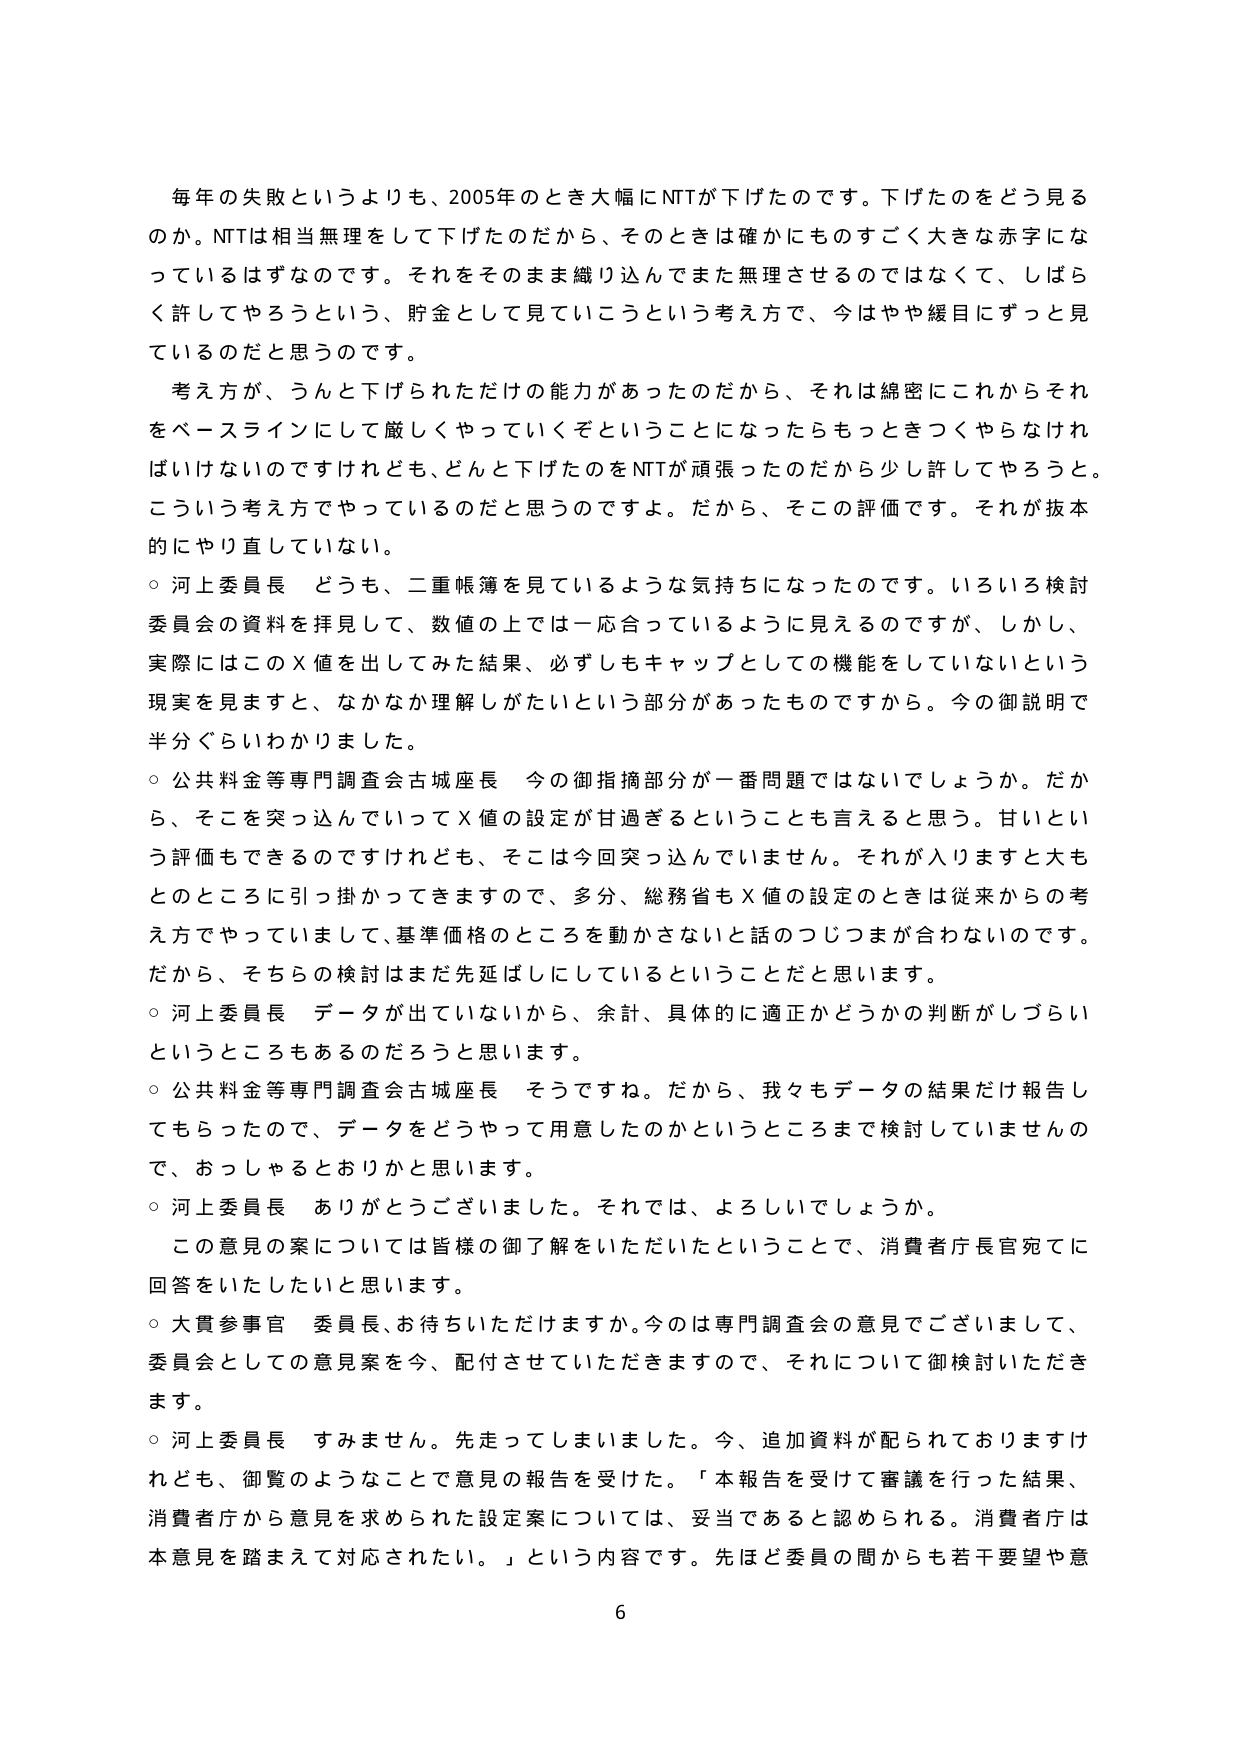
毎年の失敗というよりも、2005年のとき大幅にNTTが下げたのです。下げたのをどう見るのか。NTTは相当無理をして下げたのだから、そのときは確かにものすごく大きな赤字になっているはずなのです。それをそのまま織り込んでまた無理させるのではなくて、しばらく許してやろうという、貯金として見ていこうという考え方で、今はやや緩目になっと見ているのだと思うのです。

考え方、うんと下げられただけの能力があったのだから、それは綿密にこれからそれをベースラインにして厳しくやっていくぞということになったらもっときつくやらなければいけないのですけれども、どんと下げたのをNTTが頑張ったのだから少し許してやろうと。こういう考え方でやっているのだと思うのですよ。だから、そこの評価です。それが根本的にやり直していない。

○ 河上委員長　どうも、二重帳簿を見ているような気持ちになったのです。いろいろ検討委員会の資料を拝見して、数値の上では一応合っているように見えるのですが、しかし、実際にはこのX値を出してみた結果、必ずしもキャップとしての機能をしていないという現実を見ますと、なかなか理解しがたいという部分があったものですから。今の御説明で半分ぐらいわかりました。

○ 公共料金等専門調査会古城座長　今の御指摘部分が一番問題ではないでしょうか。だから、そこを突っ込んでいってX値の設定が甘過ぎるということも言えると思う。甘いという評価もできるのですけれども、そこは今回突っ込んでいません。それが入りますと大もとのところに引っ掛かってきますので、多分、総務省もX値の設定のときは従来からの考え方でやっていまして、基準価格のところを動かさないと話のつじつまが合わないのです。だから、そちらの検討はまだ先延ばしにしているということだと思います。

○ 河上委員長　データが出ていないから、余計、具体的に適正かどうかの判断がしづらいというところもあるのだろうと思います。

○ 公共料金等専門調査会古城座長　そうですね。だから、我々もデータの結果だけ報告してもらったので、データをどうやって用意したのかというところまで検討していませんので、おっしゃるとおりかと思います。

○ 河上委員長　ありがとうございました。それでは、よろしいでしょうか。

この意見の案については皆様の御了解をいただいたということで、消費者庁長官宛てに回答をいたしたいと思います。

○ 大貫参事官　委員長、お待ちいただけますか。今のは専門調査会の意見でございまして、委員会としての意見案を今、配付させていただきますので、それについて御検討いただきます。

○ 河上委員長　すみません。先走ってしまいました。今、追加資料が配られておりますけれども、御覧のようなことで意見の報告を受けた。「本報告を受けて審議を行った結果、消費者庁から意見を求められた設定案については、妥当であると認められる。消費者庁は本意見を踏まえて対応されたい。」という内容です。先ほど委員の間からも若干要望や意

6